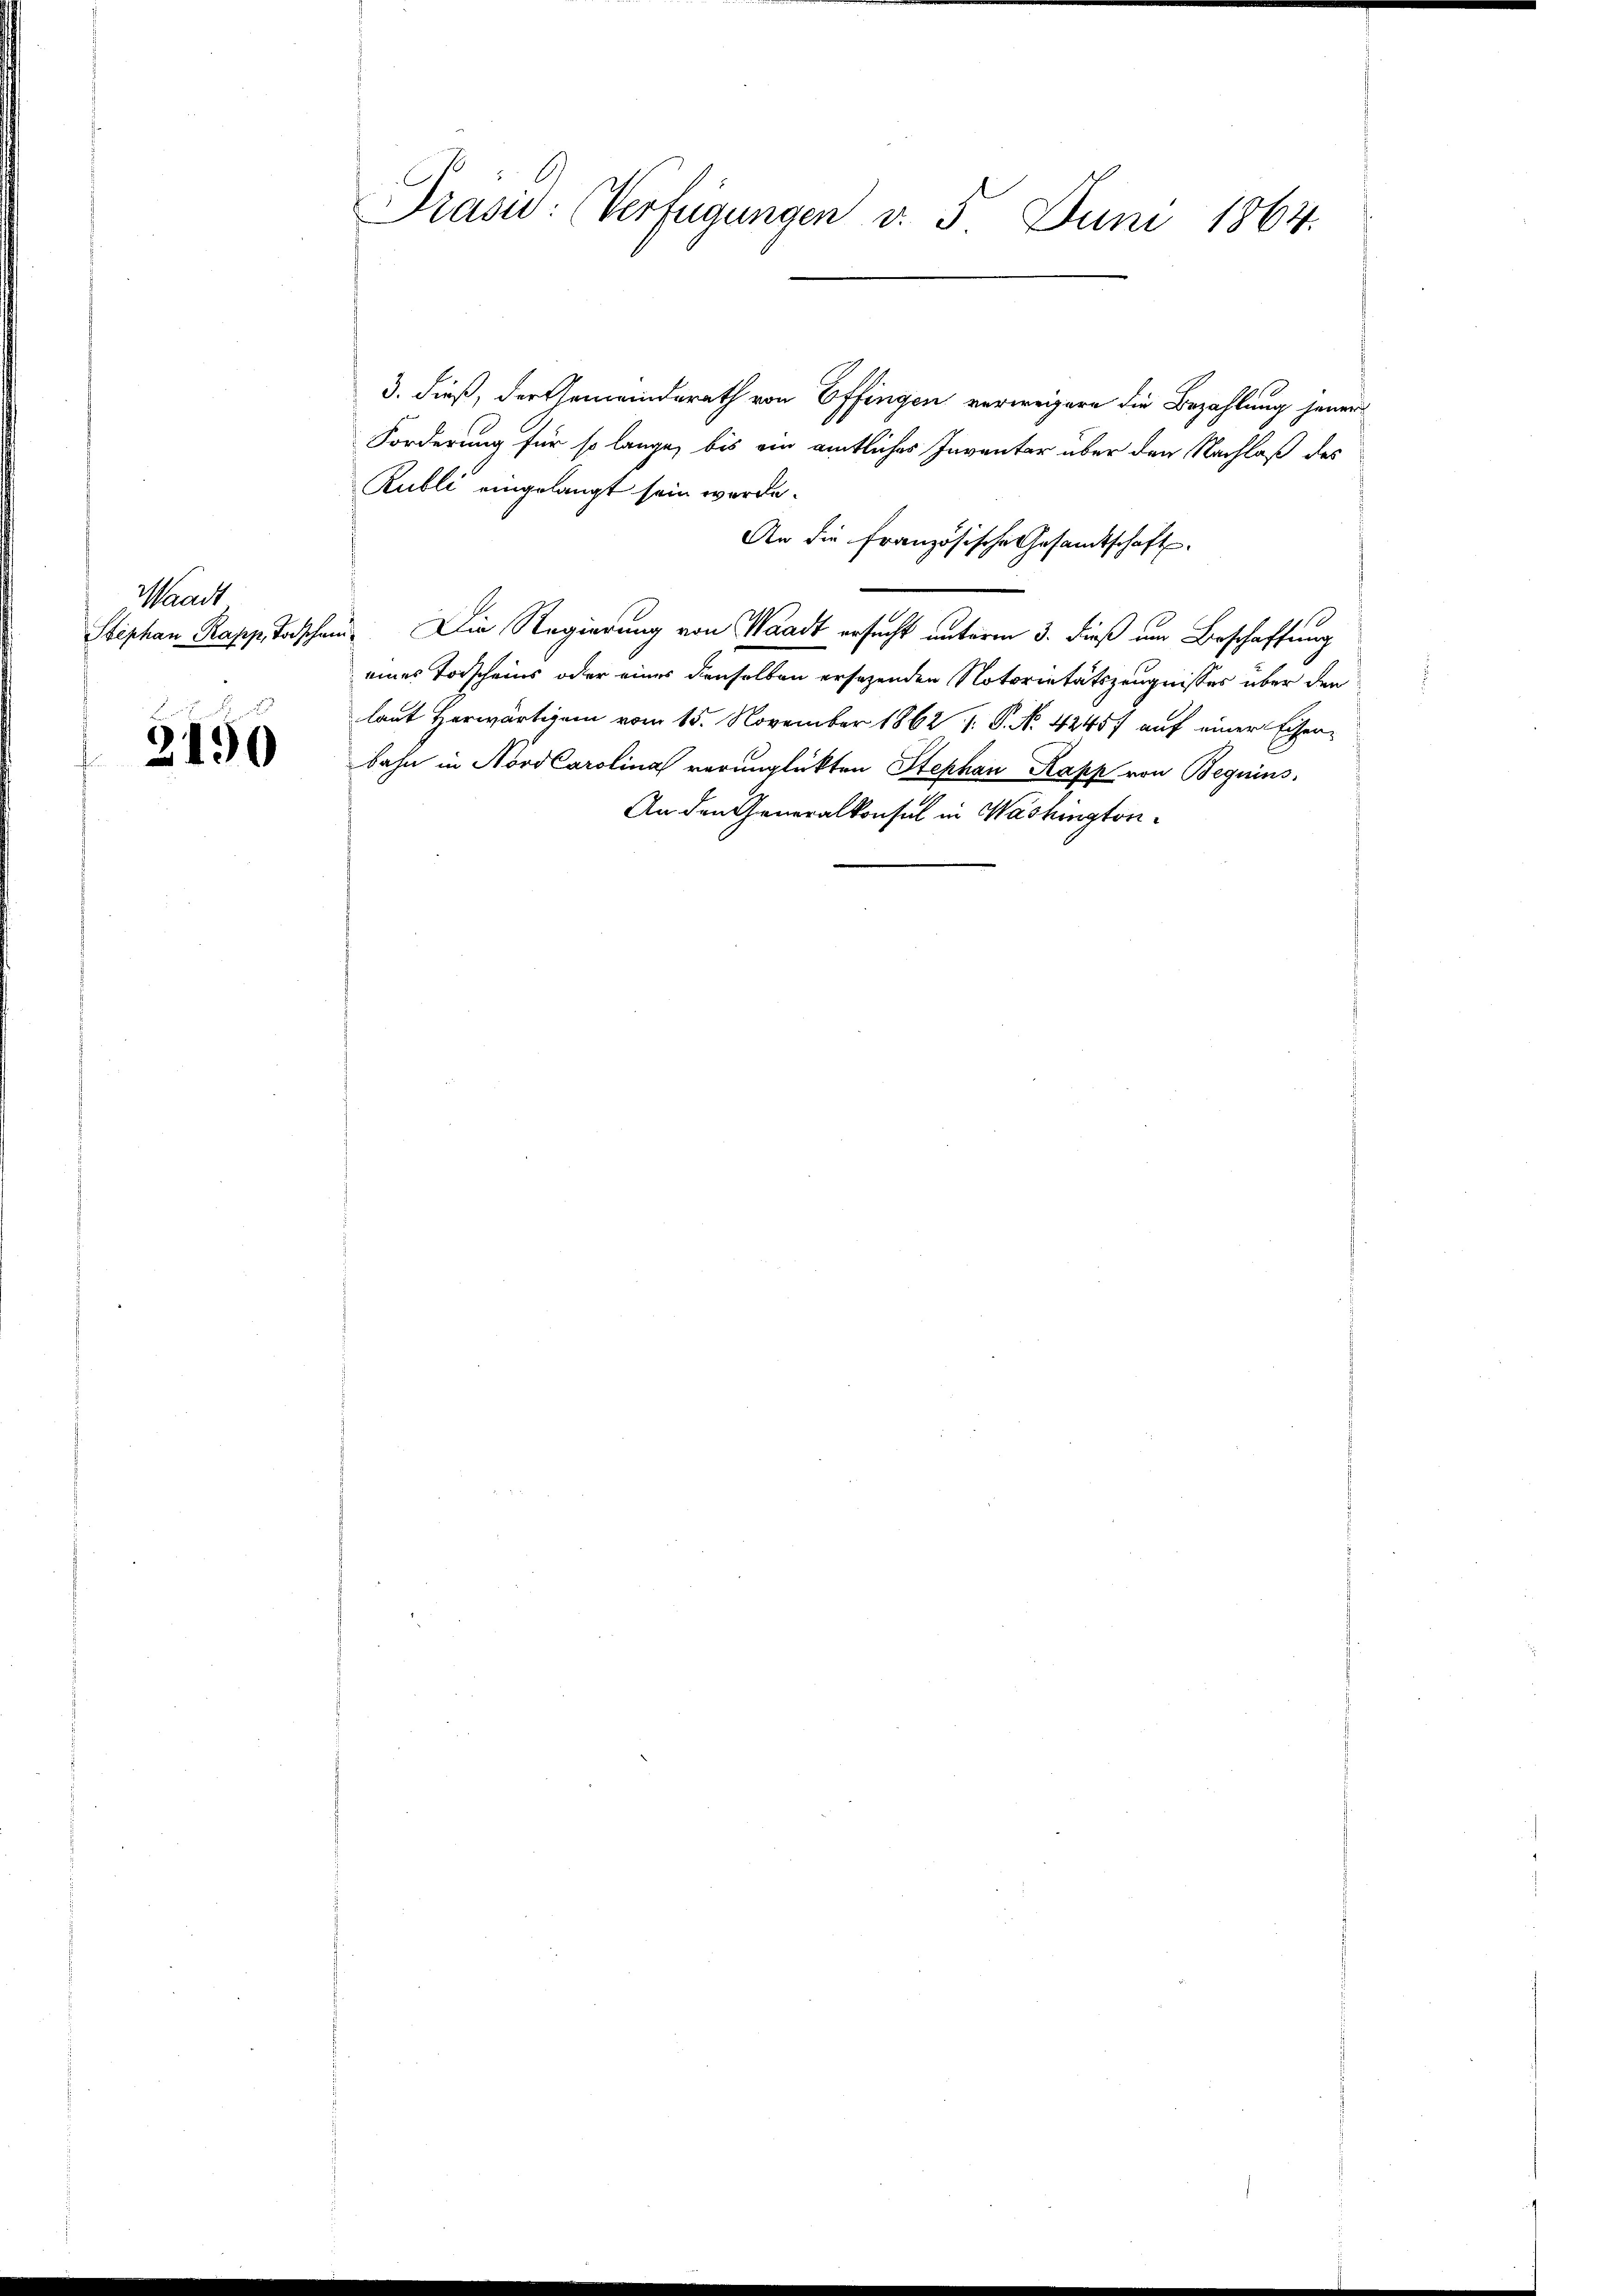
Waadt

3190

Präsid: Verfügungen d. 5 Juni 1864.

3. dieß, der Gemeinderath von Offingen verweigern die Bezahlung jener
Forderung für so lange, bis ein amtliches Inventar über den Nachlaß des
Rubli eingelangt sein werde.
An die französische Gesandtschaft
Stephan Papp Taschen. Die Regierung von Waadt ersucht unterm 3. dieß um Beschaffung
eines Todscheins oder eines denselben ersezenden Notorietätszeugnisses über den
laut Herwärtigem vom 15. November 1862 1: P. No 42457 auf einer Eiser-
bahn in Nord Carolina verunglückten Stephan Kapp von Beguins.
An den Generalkonsul in Washington¬